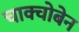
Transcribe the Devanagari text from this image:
चाक्चोबेन